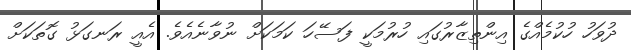
ދުވަހު ހުކުމެއްގެ އިންތިޒާރުގައި ހުރުމަކީ ފަސޭހަ ކަމަކަށް ނުވާނެއެވެ. އެއީ ރަނގަޅު ގޮތަކަށް